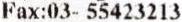
FAX:03- 55423213